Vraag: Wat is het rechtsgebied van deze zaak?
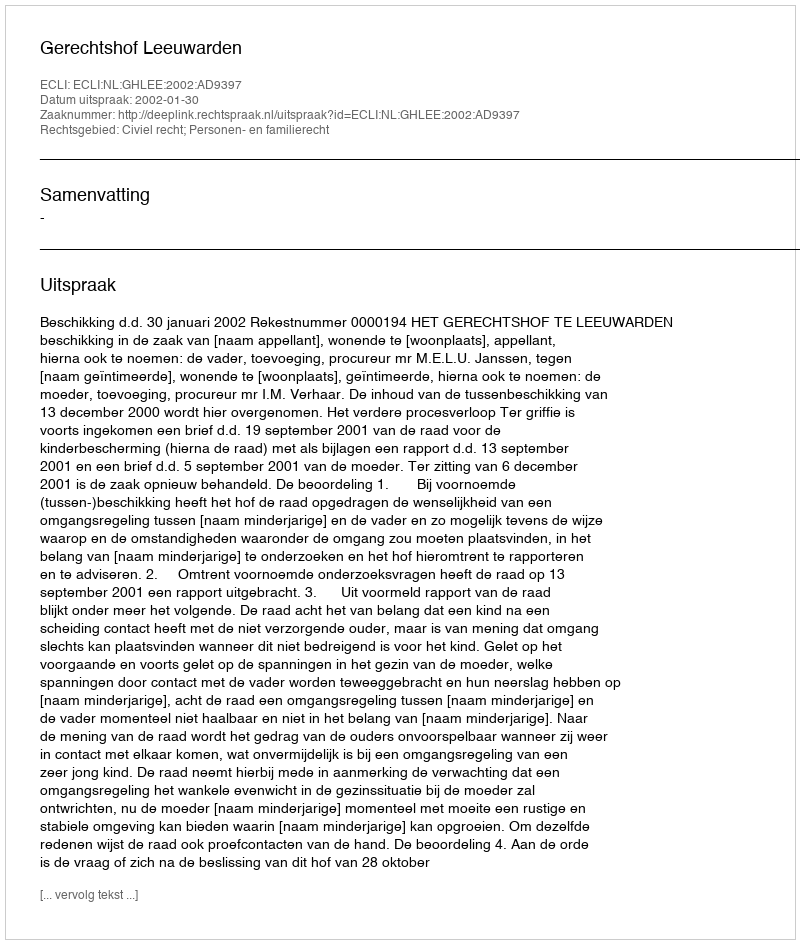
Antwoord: Civiel recht; Personen- en familierecht